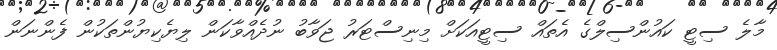
މާލެ ސިޓީ ކައުންސިލްގެ އެތައް ސިޓީއަކަށް މިނިސްޓަރު ޖަވާބު ނުދެއްވާކަން ލިޔެކިޔުންތަކުން ފެންނަން